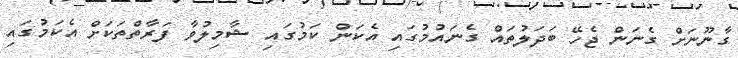
ގާނޫނަށް ގެނަން ޖެހޭ ބަދަލުތައް ގެނައުމުގައި އެކަން ކަމުގައި ޝާމިލުވާ ފަރާތްތަކަށް އެކަމުގައި